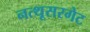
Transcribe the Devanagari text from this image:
नत्थूसरगेट